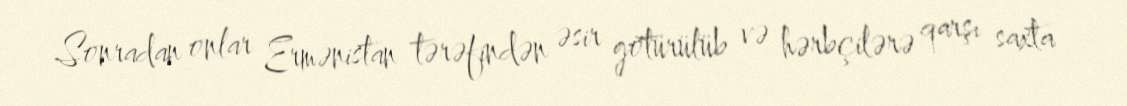
Sonradan onlar Ermənistan tərəfindən əsir götürülüb və hərbçilərə qarşı saxta